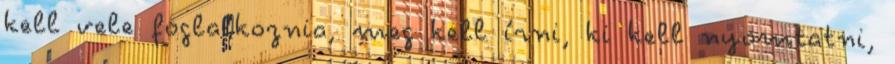
kell vele foglalkoznia, meg kell írni, ki kell nyomtatni,